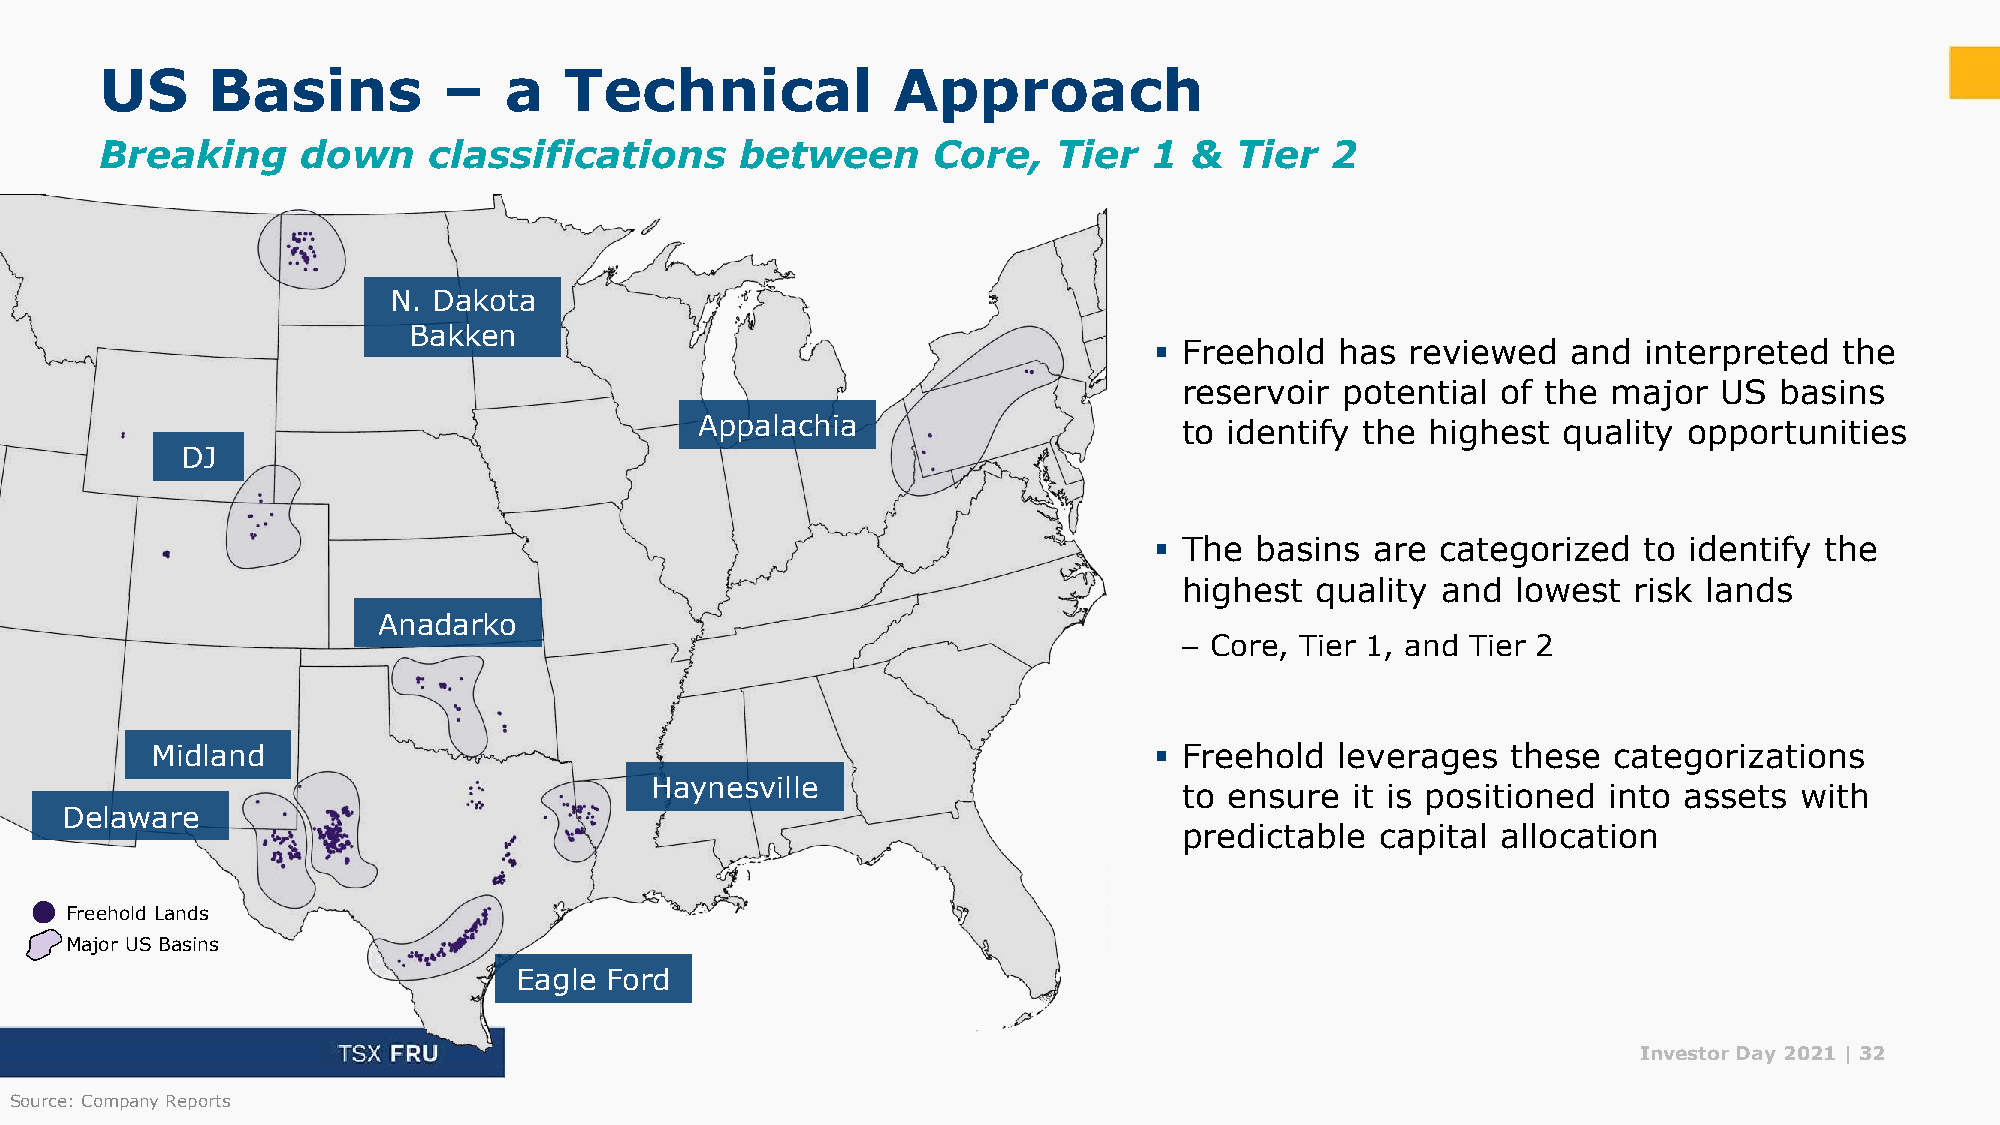
US     Basins         –   a   Technical             Approach
 Breaking     down    classifications      between      Core,   Tier  1  &  Tier  2
 N. Dakota
 Bakken
 ▪ Freehold   has reviewed   and  interpreted  the
 reservoir  potential of the  major  US  basins
 Appalachia                      to identify the  highest quality  opportunities
 DJ
 ▪ The  basins  are categorized   to identify the
 highest  quality and  lowest  risk lands
 Anadarko
 – Core, Tier 1, and Tier 2
 Midland                                                           ▪ Freehold   leverages  these  categorizations
 Haynesville
 to ensure   it is positioned into assets with
 Delaware
 predictable  capital allocation
 Freehold Lands
 Major US Basins
 Eagle Ford
 Investor Day 2021 |32
 Source: Company Reports